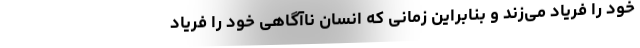
خود را فریاد می‌زند و بنابراین زمانی که انسان ناآگاهی خود را فریاد